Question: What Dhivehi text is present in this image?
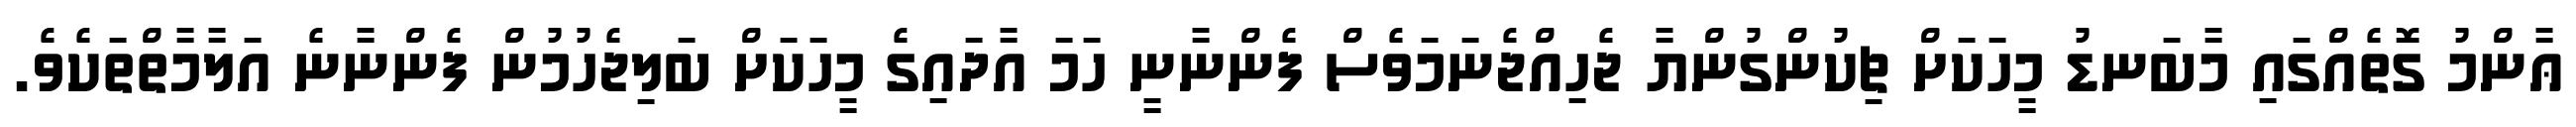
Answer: ޢާންމު ގޮތެއްގައި މާބަނޑު މީހަކަށް ޗިކުންގުންޔާ ޖެހިއްޖެނަމަވެސް ފެންނާނީ ހަމަ އާދައިގެ މީހަކަށް ބަލިޖެހުމުން ފެންނާނެ އަލާމާތްތަކެވެ.